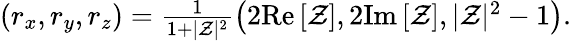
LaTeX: \begin{array}{r}{(r_{x},r_{y},r_{z})=\frac{1}{1+|\mathcal{Z}|^{2}}\left(2\mathrm{Re}\left[\mathcal{Z}\right],2\mathrm{Im}\left[\mathcal{Z}\right],|\mathcal{Z}|^{2}-1\right).}\end{array}